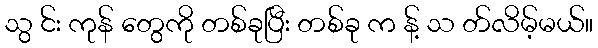
သွ င်း ကုန် တွေကို တစ်ခုပြီး တစ်ခု က န့် သ တ်လိမ့်မယ်။